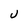
Character: J